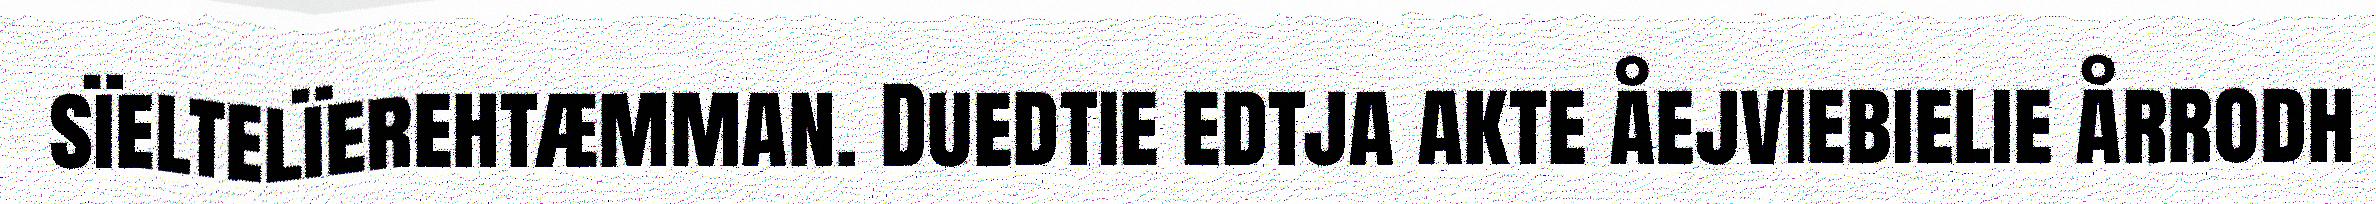
sïeltelïerehtæmman. Duedtie edtja akte åejviebielie årrodh